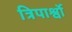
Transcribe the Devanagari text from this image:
त्रिपार्श्वो